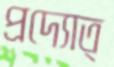
প্রদ্যোত্